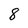
Character: 8